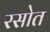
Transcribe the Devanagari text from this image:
रसोत